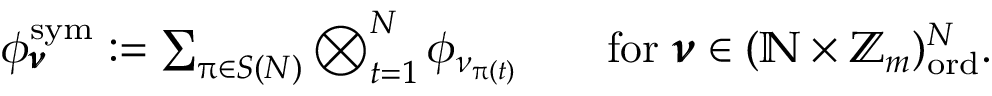
\begin{array} { r } { \phi _ { \pmb { \nu } } ^ { \mathrm { s y m } } : = \sum _ { \uppi \in S ( N ) } \bigotimes _ { t = 1 } ^ { N } \phi _ { \nu _ { \uppi ( t ) } } \qquad \mathrm { f o r } ~ \pmb { \nu } \in ( \mathbb { N } \times \mathbb { Z } _ { m } ) _ { \mathrm { o r d } } ^ { N } . } \end{array}